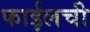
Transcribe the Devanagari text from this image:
फाईलची